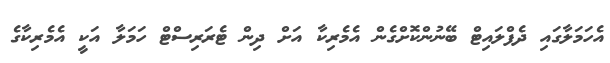
އެހަމަލާގައި ދެފްލައިޓް ބޭނުންކޮށްގެން އެމެރިކާ އަށް ދިން ޓެރަރިސްޓް ހަމަލާ އަކީ އެމެރިކާގެ